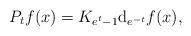
LaTeX: \begin{align*} P_tf(x) = K_{e^{t}-1}{\rm{d}}_{e^{-t}} f(x), \end{align*}